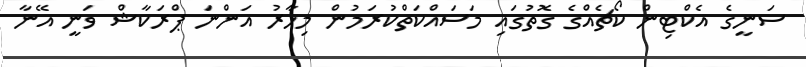
ސަނީގެ އެކްޓިން ކޯޗެއްގެ ގޮތުގައި މަސައްކަތްކުރަމުން މިހާރު އަންނަ ޕްރަކާޝް ވަނީ އޭނާ